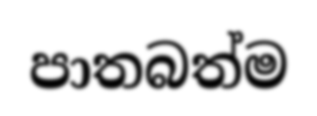
පාතබත්ම